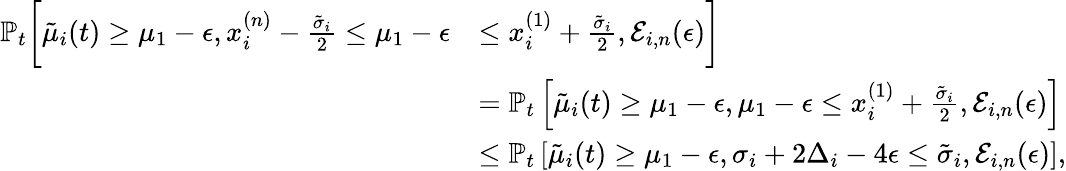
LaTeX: \begin{array}{rl}{\mathbb{P}_{t}\bigg[\tilde{\mu}_{i}(t)\geq\mu_{1}-\epsilon,x_{i}^{(n)}-\frac{\tilde{\sigma}_{i}}{2}\leq\mu_{1}-\epsilon}&{\leq x_{i}^{(1)}+\frac{\tilde{\sigma}_{i}}{2},\mathcal{E}_{i,n}(\epsilon)\bigg]}\\ &{=\mathbb{P}_{t}\left[\tilde{\mu}_{i}(t)\geq\mu_{1}-\epsilon,\mu_{1}-\epsilon\leq x_{i}^{(1)}+\frac{\tilde{\sigma}_{i}}{2},\mathcal{E}_{i,n}(\epsilon)\right]}\\ &{\leq\mathbb{P}_{t}\left[\tilde{\mu}_{i}(t)\geq\mu_{1}-\epsilon,\sigma_{i}+2\Delta_{i}-4\epsilon\leq\tilde{\sigma}_{i},\mathcal{E}_{i,n}(\epsilon)\right],}\end{array}